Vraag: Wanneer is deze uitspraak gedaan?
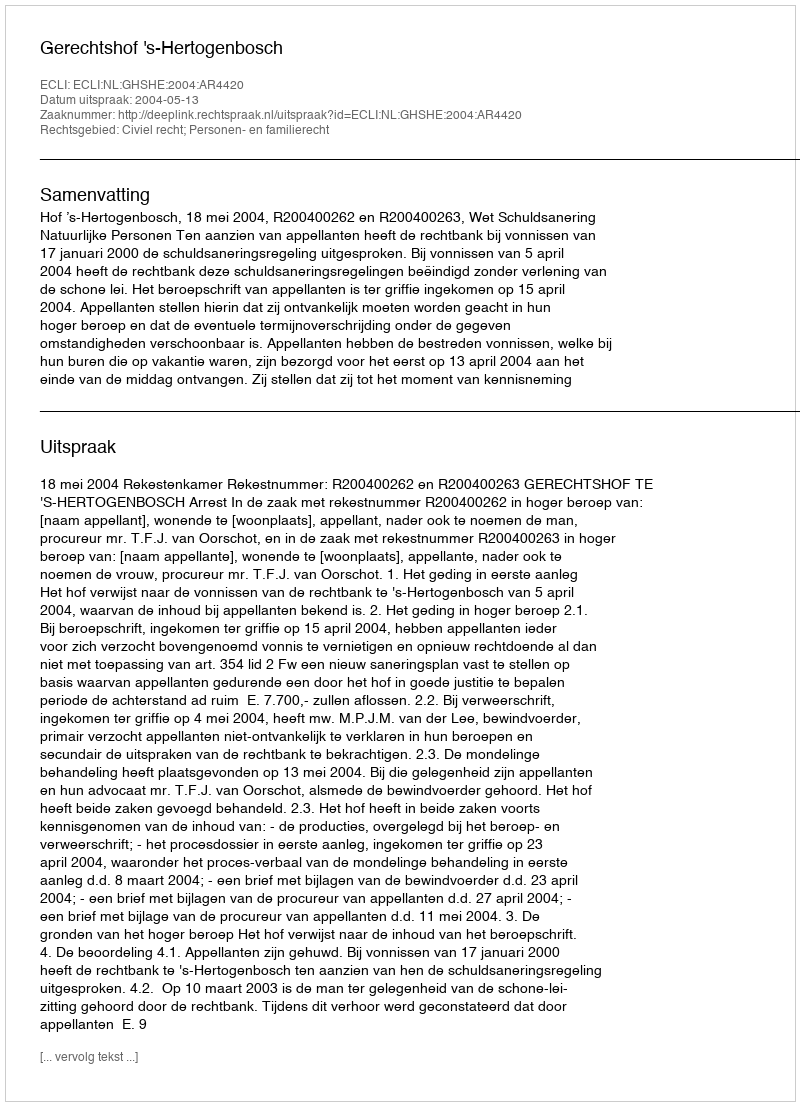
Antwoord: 2004-05-13